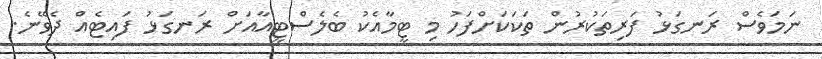
ނަމަވެސް ރަނގަޅު ފަރިތަކުރުން ތަކަކަށްފަހު މި ޓީމާއެކު ބެލެސްޓީއާއަށް ރަނގަޅު ފައިޓެއް ދެވޭނެ.